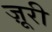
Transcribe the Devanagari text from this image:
ज़ूरी